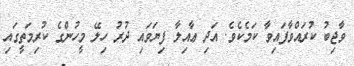
ވާޖިބު ކުރައްވާފައިވާ ކަމެކެވެ. އަދި ޢާއިލާ ފިޔަވައި ދުރު ހިލޭ މީހުންގެ ކުރިމަތީގައި